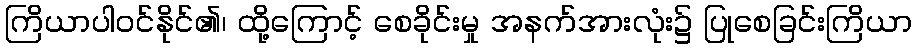
ကြိယာပါဝင်နိုင်၏၊ ထို့ကြောင့် စေခိုင်းမှု အနက်အားလုံး၌ ပြုစေခြင်းကြိယာ